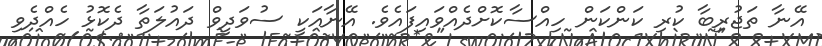
އޭނާ ތަޖުރިބާ ކުރި ކަންކަން ހިއްސާކޮށްދެއްވައިފައެވެ. އޭނާއަކީ ސުވަދީވް ދައުލަތާ ދެކޮޅު ހެއްދެވި